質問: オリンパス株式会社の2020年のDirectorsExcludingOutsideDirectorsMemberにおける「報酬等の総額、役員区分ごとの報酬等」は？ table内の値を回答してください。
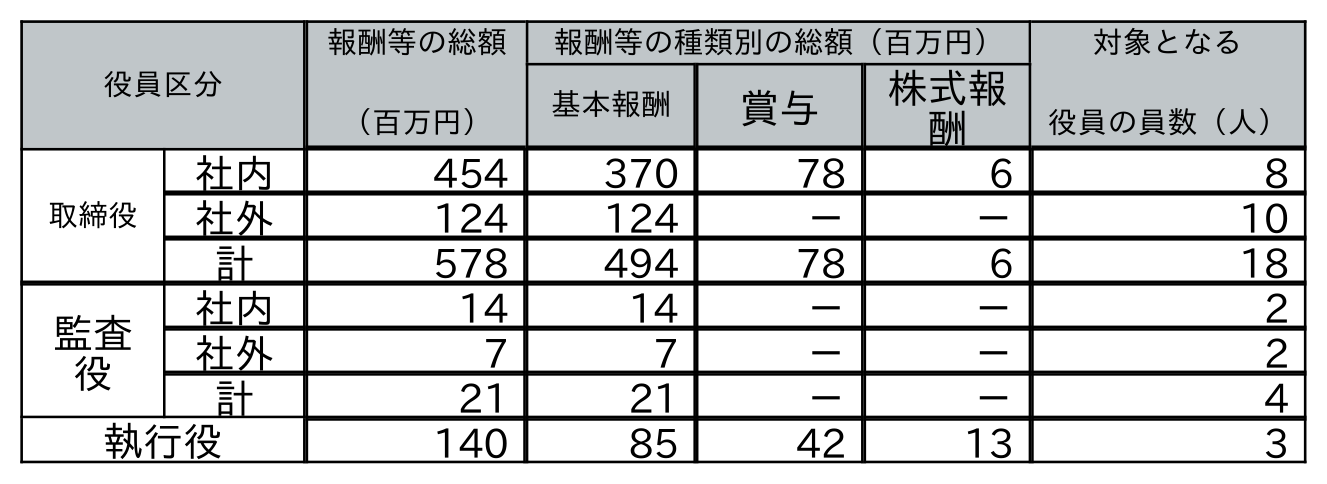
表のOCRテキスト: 役員区分 報酬等の総額 （百万円） 報酬等の種類別の総額（百万円） 対象となる 役員の員数（人） 基本報酬 賞与 株式報 酬 取締役 社内 454 370 78 6 8 社外 124 124 － － 10 計 578 494 78 6 18 監査 役 社内 14 14 － － 2 社外 7 7 － － 2 計 21 21 － － 4 執行役 140 85 42 13 3
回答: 454